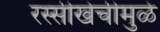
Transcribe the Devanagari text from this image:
रस्सीखेचीमुळे